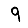
Digit: 9